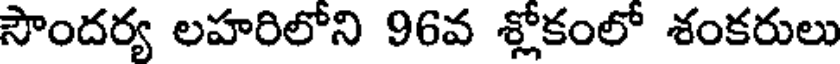
సౌందర్య లహరిలోని 96వ శ్లోకంలో శంకరులు